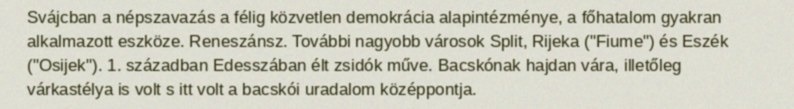
Svájcban a népszavazás a félig közvetlen demokrácia alapintézménye, a főhatalom gyakran alkalmazott eszköze. Reneszánsz. További nagyobb városok Split, Rijeka ("Fiume") és Eszék ("Osijek"). 1. században Edesszában élt zsidók műve. Bacskónak hajdan vára, illetőleg várkastélya is volt s itt volt a bacskói uradalom középpontja.